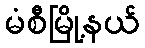
မံစီမြို့နယ်